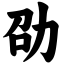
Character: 劭